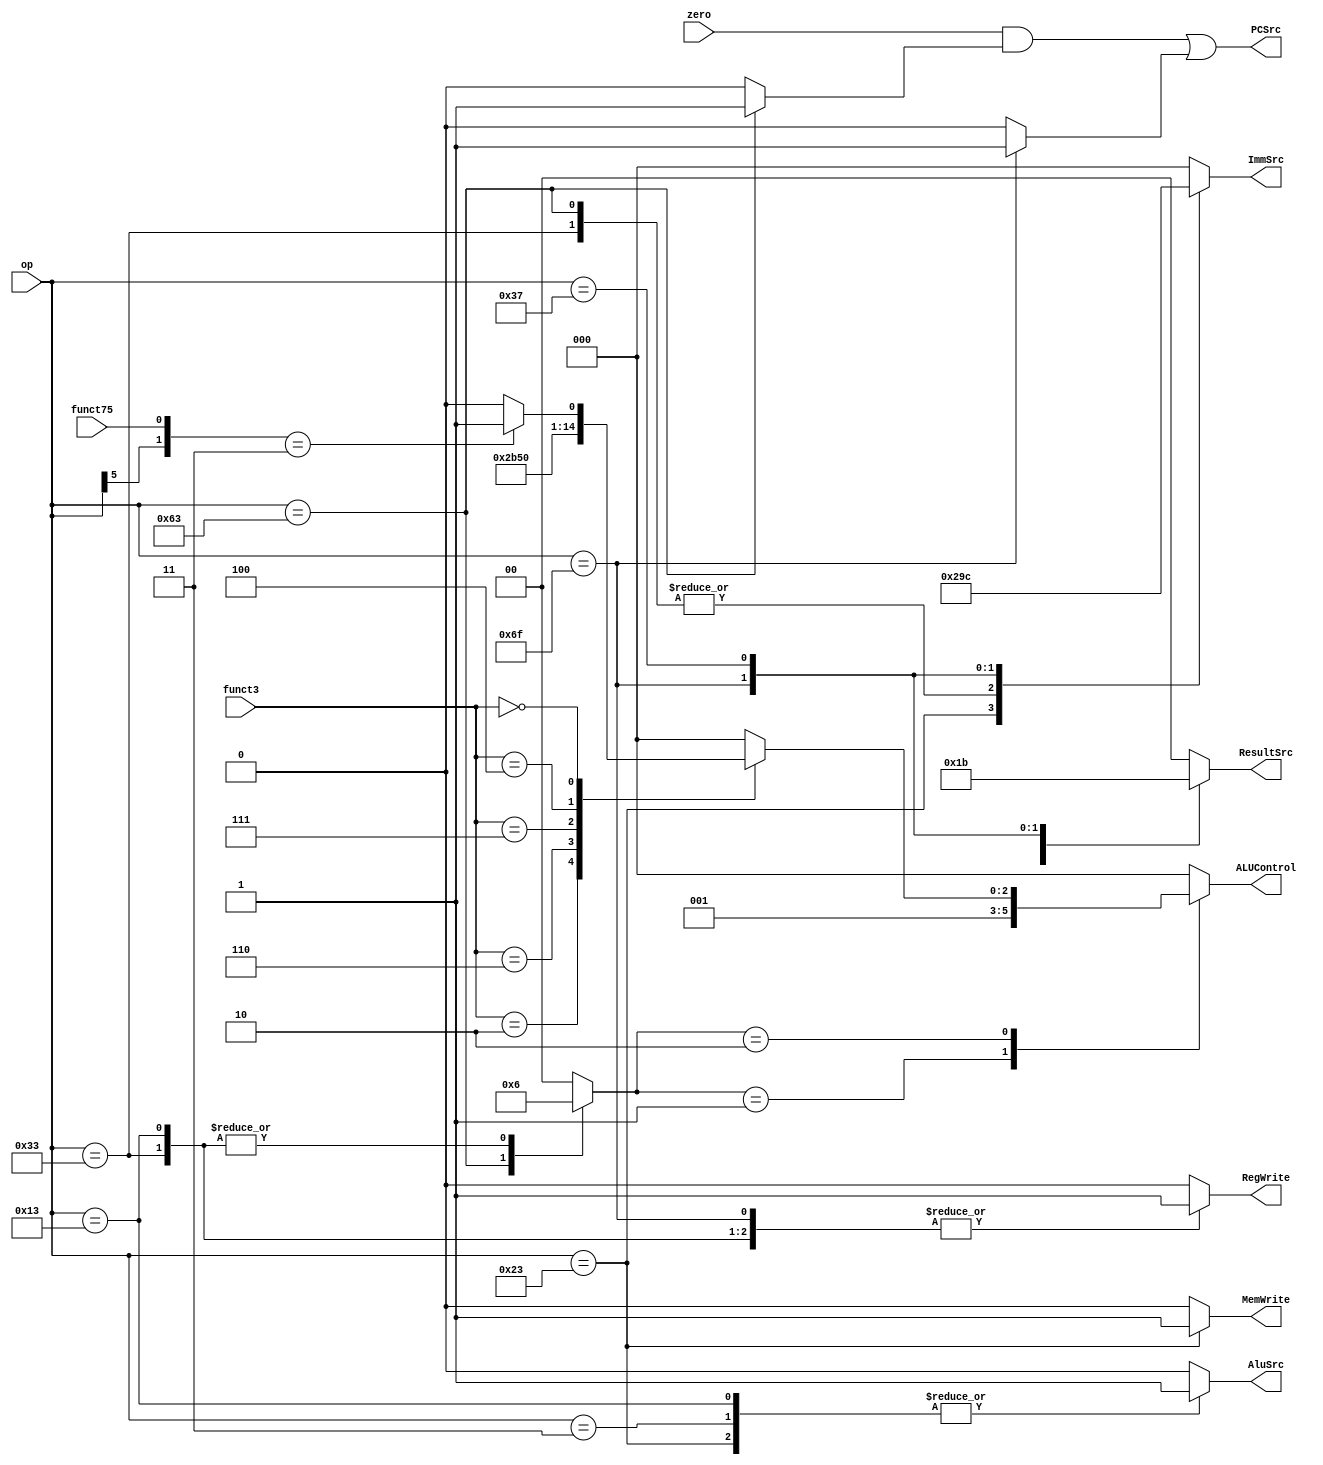
`timescale 1ns / 1ps
module ControlUnit(
    input [6:0] op,
    input [2:0] funct3,
    input funct75,
    input zero,
    output PCSrc,
    output reg [1:0] ResultSrc,
    output reg MemWrite,
    output reg [2:0] ALUControl,
    output reg AluSrc,
    output reg [2:0] ImmSrc,
    output reg RegWrite
    );
    reg Jump, Branch;
    reg [1:0]AluOp;
    
    
    //Main Deco
    //D.C. = Dont Care, se hizo pequeo analisis para poner 0 o 1
    always @(*) begin
        case(op[6:0]) //Main Decoder Table
            7'b0000011 : begin //LW
                RegWrite <= 1'b1;
                ImmSrc <= 3'b000;
                AluSrc <= 1'b1;
                MemWrite <= 1'b0;
                ResultSrc <= 2'b01;
                Branch <= 1'b0;
                AluOp <= 2'b00;
                Jump <= 1'b0;
            end 
            7'b0100011 : begin //SW
                RegWrite <= 1'b0;
                ImmSrc <= 3'b001;
                AluSrc <= 1'b1;
                MemWrite <= 1'b1;
                ResultSrc <= 2'b00; //D.C.
                Branch <= 1'b0;
                AluOp <= 2'b00;
                Jump <= 1'b0;
            end
            7'b0110011 : begin //R-type
                RegWrite <= 1'b1;
                ImmSrc <= 3'b010; //D.C.
                AluSrc <= 1'b0;
                MemWrite <= 1'b0;
                ResultSrc <= 2'b00;
                Branch <= 1'b0;
                AluOp <= 2'b10;
                Jump <= 1'b0;
            end
            7'b1100011 : begin //beq
                RegWrite <= 1'b0;
                ImmSrc <= 3'b010;
                AluSrc <= 1'b0;
                MemWrite <= 1'b0;
                ResultSrc <= 2'b00; //D.C.
                Branch <= 1'b1;
                AluOp <= 2'b01;
                Jump <= 1'b0;
            end
            7'b0010011 : begin //I-type
                RegWrite <= 1'b1;
                ImmSrc <= 3'b000;
                AluSrc <= 1'b1;
                MemWrite <= 1'b0;
                ResultSrc <= 2'b00;
                Branch <= 1'b0;
                AluOp <= 2'b10;
                Jump <= 1'b0;
            end
            7'b1101111 : begin //jal
                RegWrite <= 1'b1;
                ImmSrc <= 3'b011;
                AluSrc <= 1'b0; //D.C.
                MemWrite <= 1'b0;
                ResultSrc <= 2'b10;
                Branch <= 1'b0;
                AluOp <= 2'b00; //D.C.
                Jump <= 1'b1;
            end
            7'b0110111 : begin //lui
                RegWrite <= 1'b1;
                ImmSrc <= 3'b100;
                AluSrc <= 1'b0; //D.C.
                MemWrite <= 1'b0;
                ResultSrc <= 2'b11;
                Branch <= 1'b0;
                AluOp <= 2'b00; //D.C.
                Jump <= 1'b0;
            end
            default : begin //Should never occur
                RegWrite <= 1'b0;
                ImmSrc <= 3'b000;
                AluSrc <= 1'b0;
                MemWrite <= 1'b0;
                ResultSrc <= 2'b00;
                Branch <= 1'b0;
                AluOp <= 2'b00;
                Jump <= 1'b0;
            
            end
        endcase
    end
    
    assign PCSrc = (zero && Branch) || Jump;
    // ALU Deco
     always @(*) begin
        case(AluOp)
            2'b00 : ALUControl <= 3'b000;
            2'b01 : ALUControl <= 3'b001;
            2'b10 : begin
                case(funct3)
                    3'b010 : ALUControl <= 3'b101;
                    3'b110 : ALUControl <= 3'b011;
                    3'b111 : ALUControl <= 3'b010;
                    3'b100 : ALUControl <= 3'b100;
                    3'b000 : begin
                        if({op[5],funct75} == 2'b11) ALUControl <= 3'b001;
                        else ALUControl <= 3'b000;                   
                     end
                    default : ALUControl <= 3'b000; // Never
                endcase
            end
            default : ALUControl <= 3'b000; //Never
        endcase
    end
    
endmodule